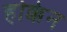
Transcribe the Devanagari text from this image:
होक्केन